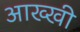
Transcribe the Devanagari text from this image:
आख्खी